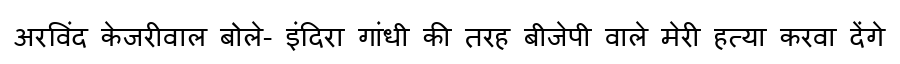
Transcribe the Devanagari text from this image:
अरविंद केजरीवाल बोले- इंदिरा गांधी की तरह बीजेपी वाले मेरी हत्या करवा देंगे